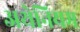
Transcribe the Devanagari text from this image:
अथेनियम